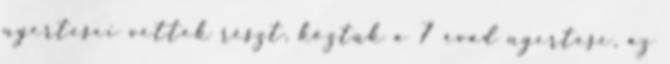
nyertesei vettek részt, köztük a 7 évad nyertese, az